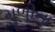
મૂળીના